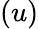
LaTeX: (u)